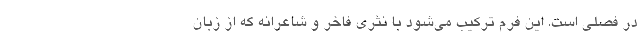
در فصلي است. اين فرم تركيب مي‌شود با نثري فاخر و شاعرانه كه از زبان